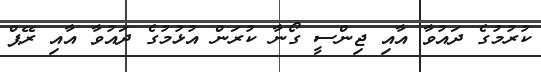
ކުރުމުގެ ދައުވާ އާއި ޖިންސީ ގޯނާ ކުރަން އުޅުމުގެ ދައުވާ އާއި ރޭޕް